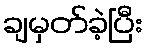
ချမှတ်ခဲ့ပြီး